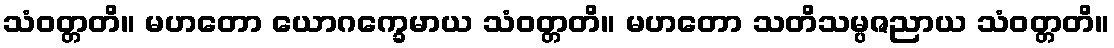
သံဝတ္တတိ။ မဟတော ယောဂက္ခေမာယ သံဝတ္တတိ။ မဟတော သတိသမ္ပဇညာယ သံဝတ္တတိ။